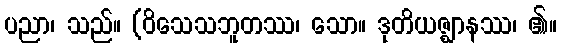
ပညာ၊ သည်။ (ဝိသေသဘူတဿ၊ သော။ ဒုတိယဇ္ဈာနဿ၊ ၏။